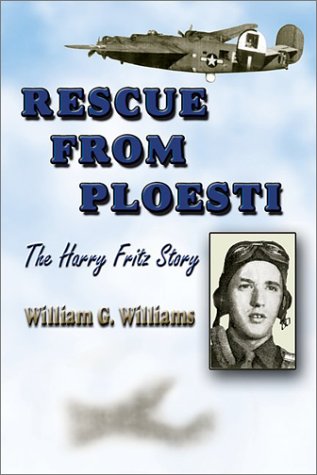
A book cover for Rescue from Ploesti: The Harry Fritz Story: A World War II Triumph; William G. Williams; History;